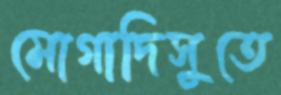
মোগাদিসুতে